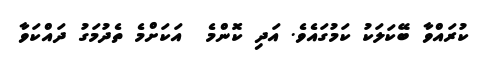
ކުރައްވާ ބޭކަލަކު ކަމުގައެވެ. އަދި ކޮންމެ  އަކަށްމެ ތެދުމަގު ދައްކަވާ